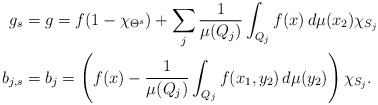
\begin{align*}g_{s}&=g=f(1-\chi_{\Theta^{s}})+\sum_j\frac{1}{\mu(Q_j)}\int_{Q_j}f(x)\,d\mu(x_2)\chi_{S_j}\\b_{j,s}&=b_j=\left(f(x)-\frac{1}{\mu(Q_j)}\int_{Q_j}f(x_1,y_2)\,d\mu(y_2)\right)\chi_{S_j}.\end{align*}